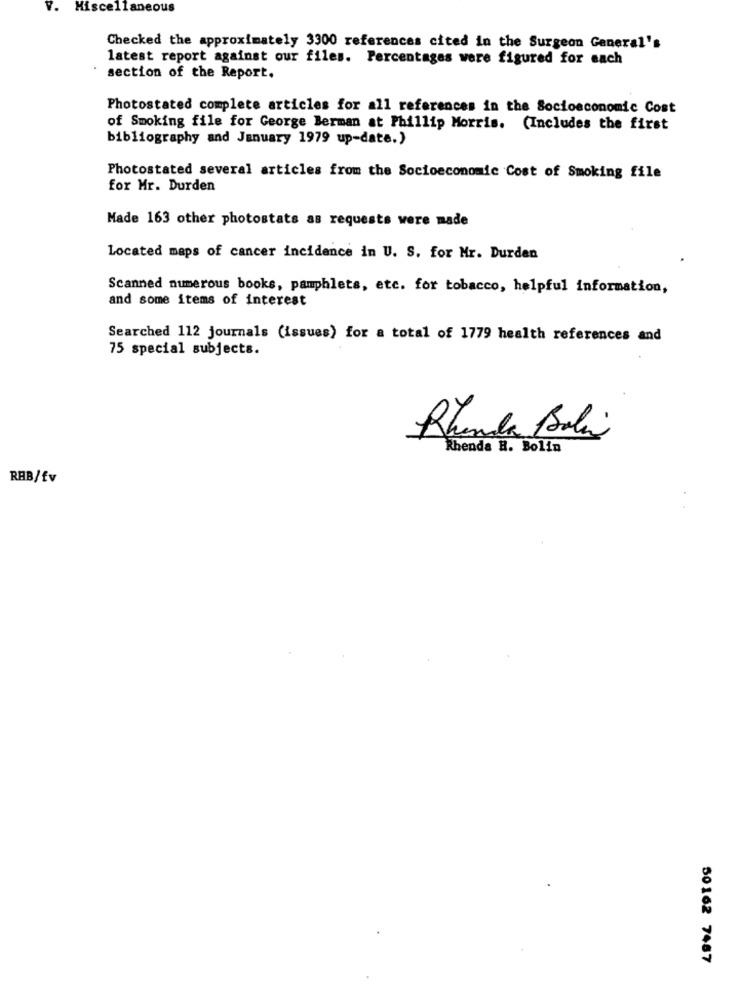
V. Miscellaneous
Checked the approximately 3300 references cited in the Surgeon General's
latest report against our files. Percentages were figured for each
section of the Report.
Photostated complete articles for all references in the Socioeconomic Cost
of Smoking file for George Berman at Phillip Morris. (Includes the first
bibliography and January 1979 up-date.)
Photostated several articles from the Socioeconomic Cost of Smoking file
for Mr. Durden
Made 163 other photostats as requests were made
Located maps of cancer incidence in U. S. for Mr. Durden
Scanned numerous books, pamphlets, etc. for tobacco, helpful information,
and some items of interest
Searched 112 journals (issues) for a total of 1779 health references and
75 special subjects.
Rhunda Bola
Rhenda H. Bolin
RAB/fv
50162 7487